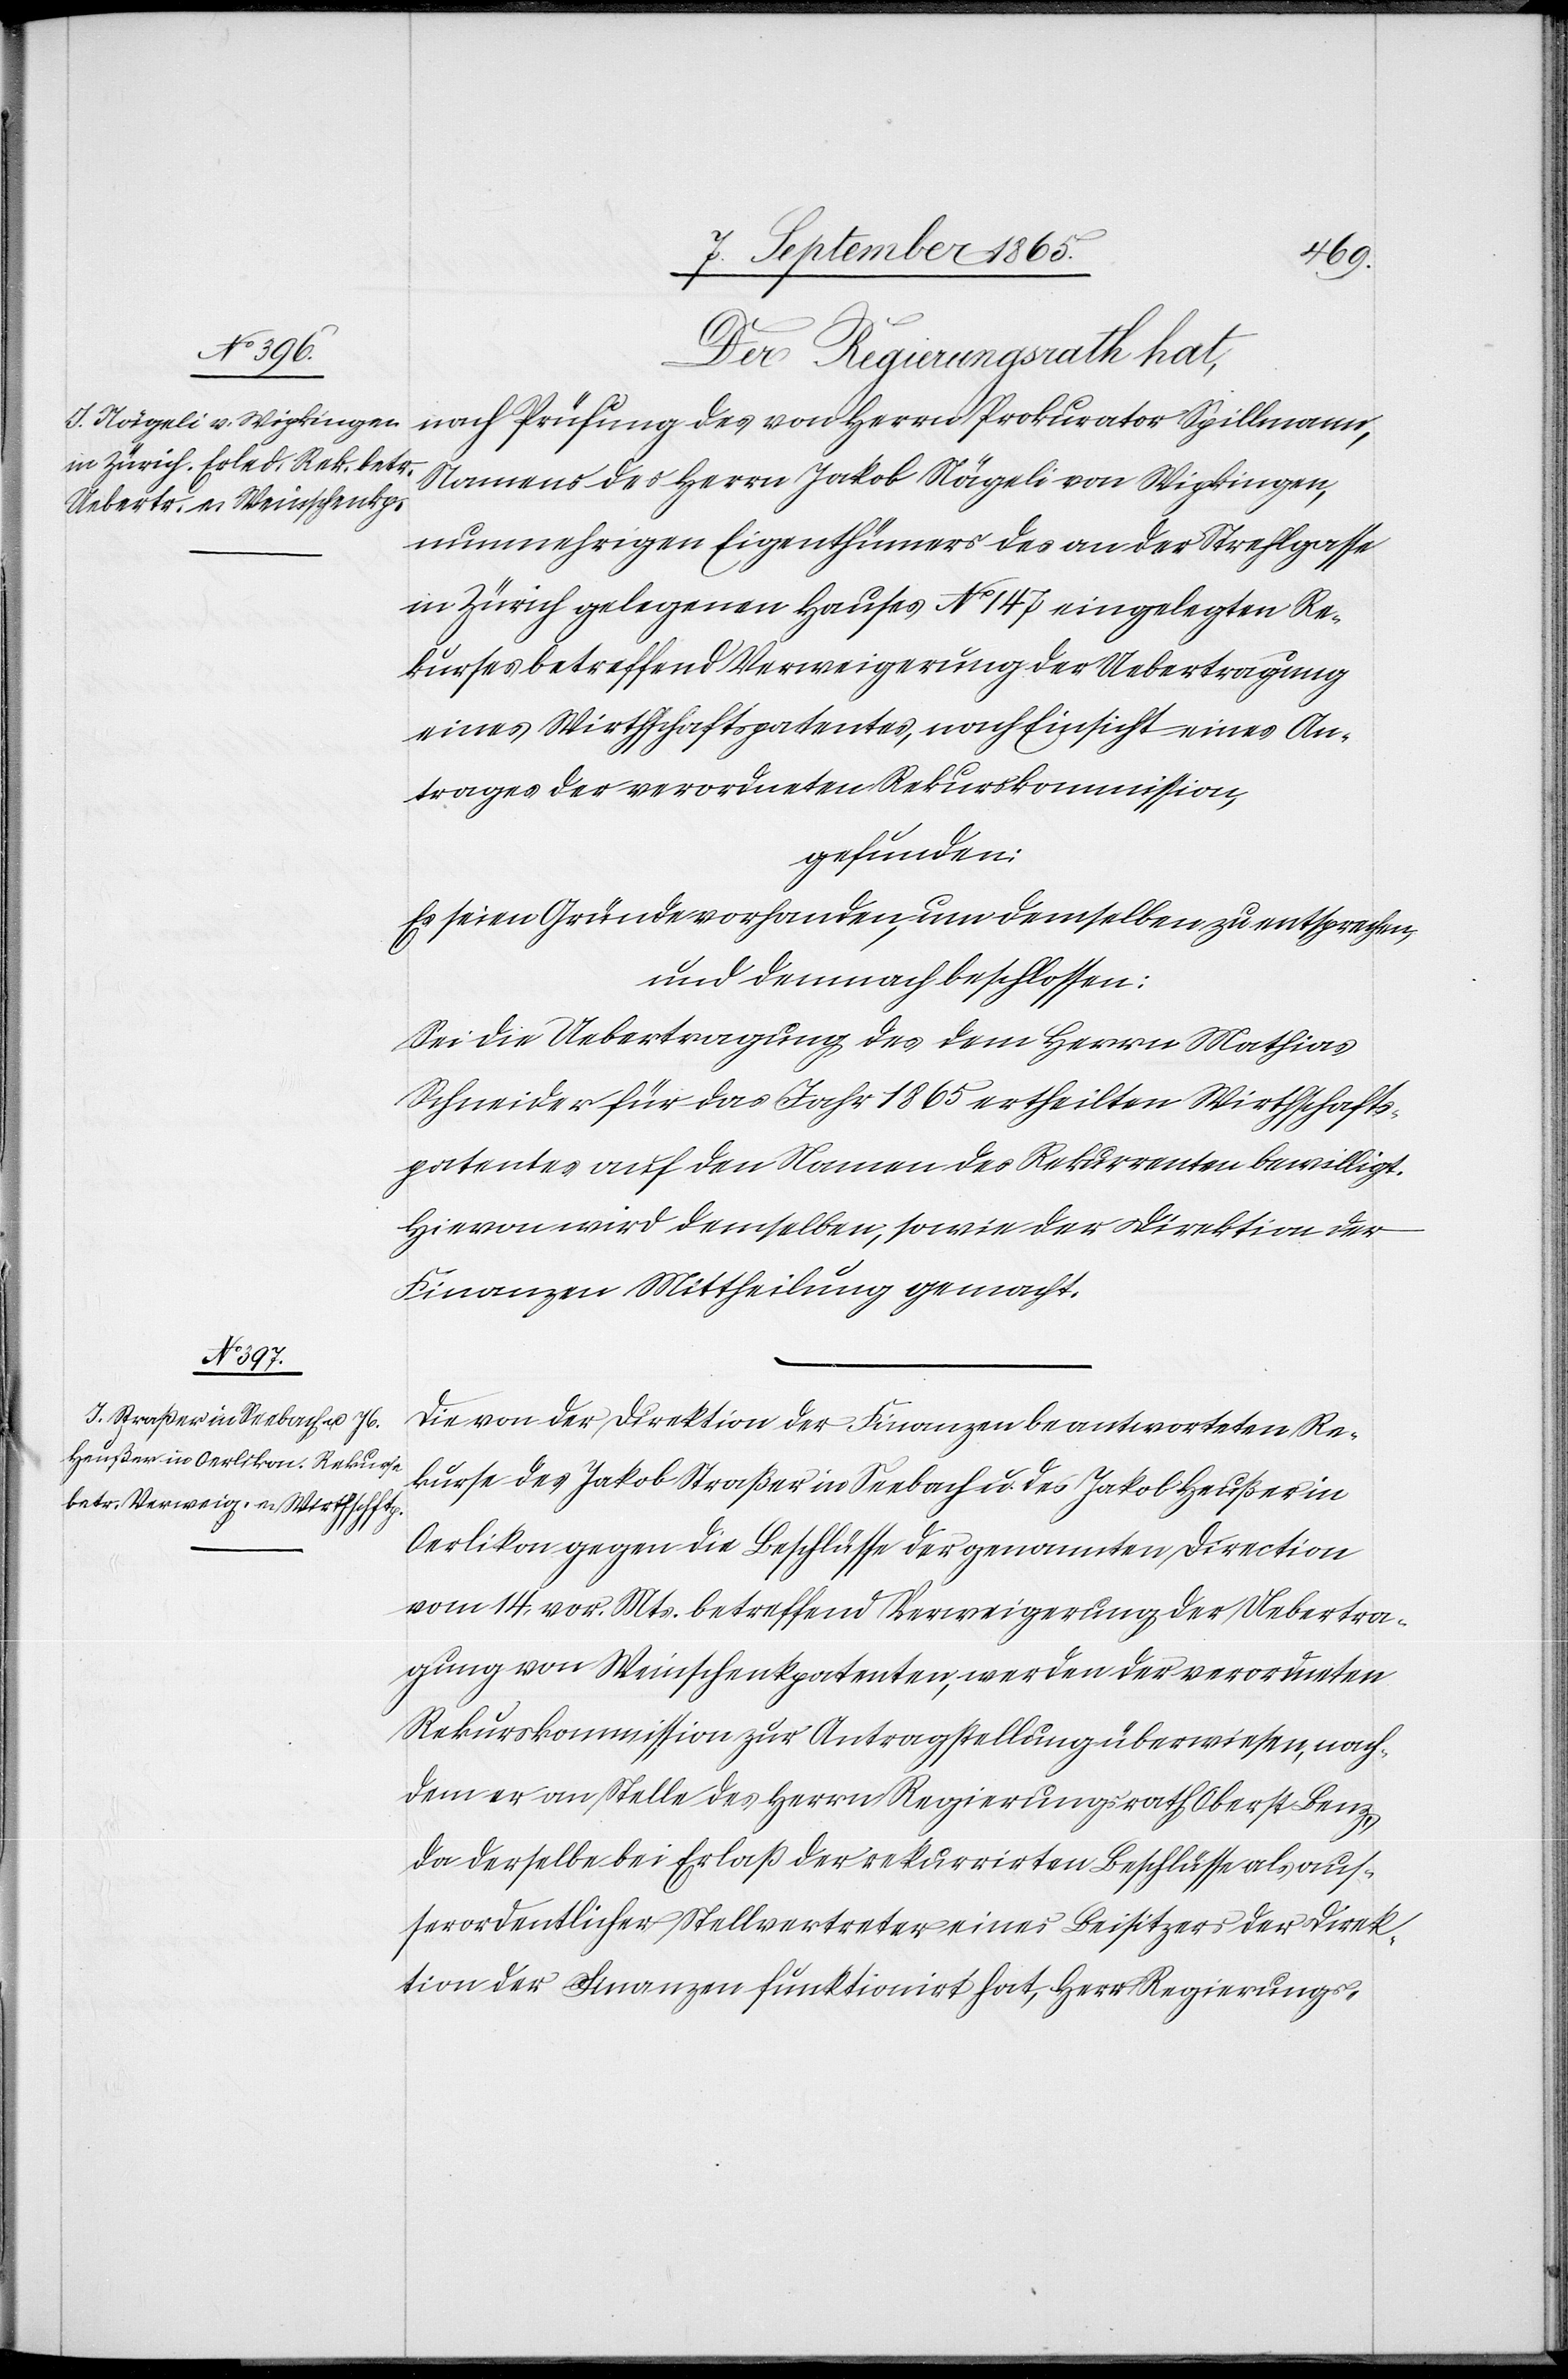
Der Regierungsrath hat,
nach Prüfung des von Herrn Prokurator Spillmann,
Namens des Herrn Jakob Nägeli von Wipkingen,
nunmehrigen Eigenthümers des an der Strehlgasse
in Zürich gelegenen Hauses No 147 eingelegten Re¬
kurses betreffend Verweigerung der Uebertragung
eines Wirthschaftspatentes, nach Einsicht eines An¬
trages der verordneten Rekurskommission,
gefunden:
Es seien Gründe vorhanden, um demselben zu entsprechen,
und demnach beschlossen:
Sei die Uebertragung des dem Herrn Mathias
Schneider für das Jahr 1865 ertheilten Wirthschafts¬
patentes auf den Namen des Rekurrenten bewilligt.
Hievon wird demselben, sowie der Direktion der
Finanzen Mittheilung gemacht.
Die von der Direktion der Finanzen beantworteten Re¬
kurse des Jakob Straßer in Seebach u. des Jakob Heußer in
Oerlikon gegen die Beschlüsse der genannten Direction
vom 14. vor. Mts. betreffend Verweigerung der Uebertra¬
gung von Weinschenkpatenten, werden der verordneten
Rekurskommission zur Antragstellung überwiesen, nach¬
dem er an Stelle des Herren Regierungsrath Oberst Benz,
da derselbe bei Erlaß der rekurrirten Beschlüsse als aus¬
serordentlicher Stellvertreter eines Beisitzers der Direk¬
tion der Finanzen funktionirt hat, Herr Regierungs-